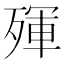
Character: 𣨿